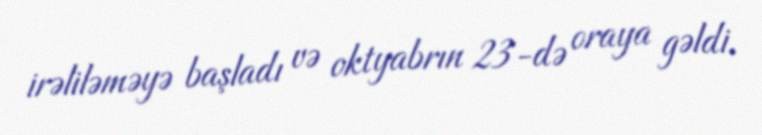
irəliləməyə başladı və oktyabrın 23-də oraya gəldi.